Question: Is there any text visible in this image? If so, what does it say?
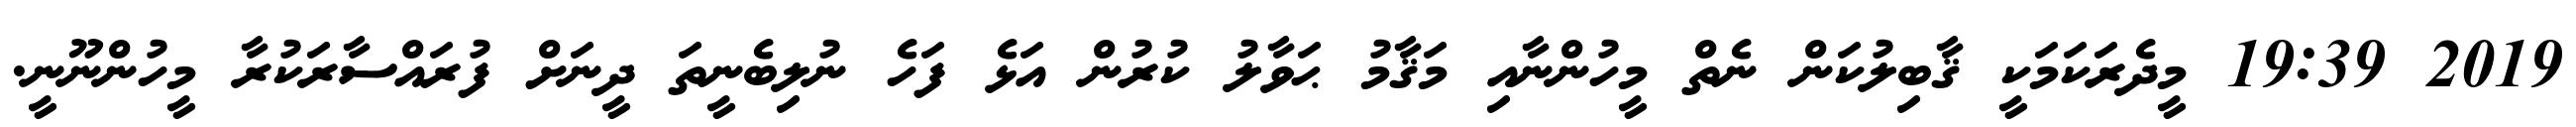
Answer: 2019 19:39 މީދެރަކަމަކީ ޤާބިލުކަން ނެތް މީހުންނާއި މަޤާމު ޙަވާލު ކުރުން އަޅެ ފަހެ ނުލިބެނީތަ ދީނަށް ފުރައްސާރަކުރާ މީހުންނޫނީ.